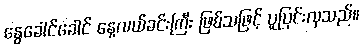
နွေခေါင်ခေါင် နေ့လယ်ခင်းကြီး ဖြစ်သဖြင့် ပူပြင်းလှသည်။